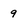
Character: 9